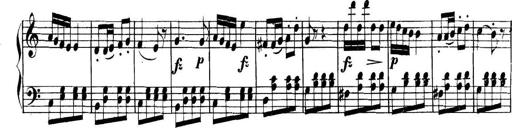
Title: Collected Piano Sonatas
Composer: Muzio Clementi